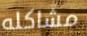
مشاكله